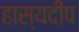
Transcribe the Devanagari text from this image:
हास्यदीप